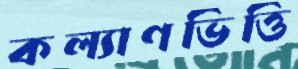
কল্যাণভিত্তি